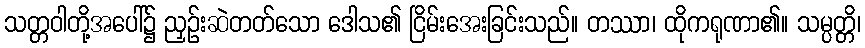
သတ္တဝါတို့အပေါ်၌ ညှဉ်းဆဲတတ်သော ဒေါသ၏ ငြိမ်းအေးခြင်းသည်။ တဿာ၊ ထိုကရုဏာ၏။ သမ္ပတ္တိ၊